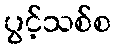
ပွင့်သစ်စ